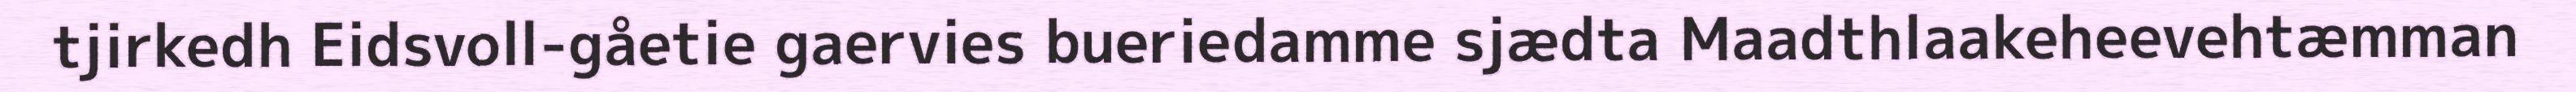
tjirkedh Eidsvoll-gåetie gaervies bueriedamme sjædta Maadthlaakeheevehtæmman